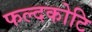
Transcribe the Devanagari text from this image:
फल्दकोटि